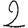
Digit: 2